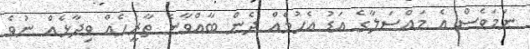
ނަމަވެސް އެ މައްސަލާގެ އަޑު އެހުމެއް ދެން ބާއްވާނެ ތާރީހެއް ވިދާޅެއް ނުވެ